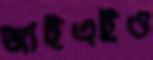
আইএইও